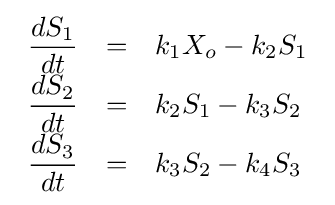
{\begin{array}{lcl}{\dfrac {dS_{1}}{dt}}&=&k_{1}X_{o}-k_{2}S_{1}\\[4pt]{\dfrac {dS_{2}}{dt}}&=&k_{2}S_{1}-k_{3}S_{2}\\[4pt]{\dfrac {dS_{3}}{dt}}&=&k_{3}S_{2}-k_{4}S_{3}\end{array}}